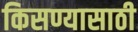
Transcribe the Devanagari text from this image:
किसण्यासाठी